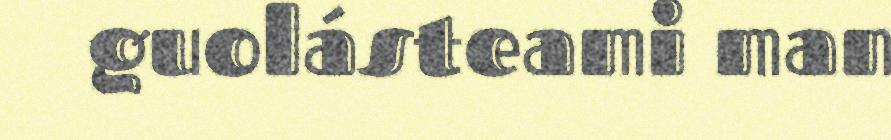
guolásteami man